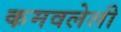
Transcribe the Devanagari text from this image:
कमवलेली